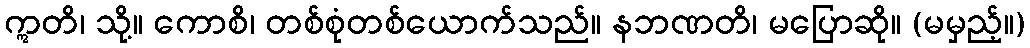
ဣတိ၊ သို့။ ကောစိ၊ တစ်စုံတစ်ယောက်သည်။ နဘဏတိ၊ မပြောဆို။ (မမှည့်။)